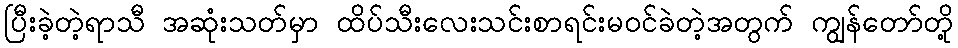
ပြီးခဲ့တဲ့ရာသီ အဆုံးသတ်မှာ ထိပ်သီးလေးသင်းစာရင်းမ၀င်ခဲတဲ့အတွက် ကျွန်တော်တို့